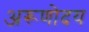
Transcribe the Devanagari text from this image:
अरूणोदय